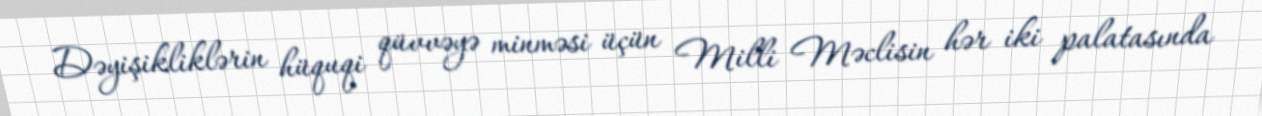
Dəyişikliklərin hüquqi qüvvəyə minməsi üçün Milli Məclisin hər iki palatasında